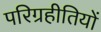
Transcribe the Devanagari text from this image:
परिग्रहीतियों